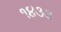
૧૪૩૩